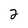
Character: 2